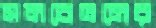
সমবেতনের